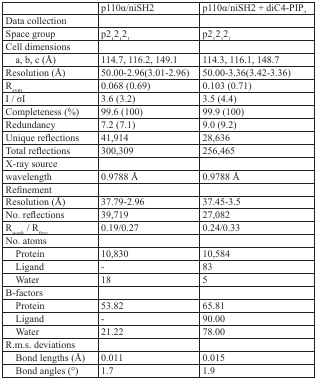
|  | p110α/niSH2 | p110α/niSH2 + diC4-PIP2 |
 | --- | --- | --- |
 | Data collection |  |  |
 | Space group | p21 21 21 | p21 21 21 |
 | Cell dimensions |  |  |
 | a, b, c (Å) | 114.7, 116.2, 149.1 | 114.3, 116.1, 148.7 |
 | Resolution (Å) | 50.00-2.96(3.01-2.96) | 50.00-3.36(3.42-3.36) |
 | Rsym | 0.068 (0.69) | 0.103 (0.71) |
 | I / σI | 3.6 (3.2) | 3.5 (4.4) |
 | Completeness (%) | 99.6 (100) | 99.9 (100) |
 | Redundancy | 7.2 (7.1) | 9.0 (9.2) |
 | Unique reflections | 41,914 | 28,636 |
 | Total reflections | 300,309 | 256,465 |
 | X-ray source |  |  |
 | wavelength | 0.9788 Å | 0.9788 Å |
 | Refinement |  |  |
 | Resolution (Å) | 37.79-2.96 | 37.45-3.5 |
 | No. reflections | 39,719 | 27,082 |
 | Rwork/Rfree | 0.19/0.27 | 0.24/0.33 |
 | No. atoms |  |  |
 | Protein | 10,830 | 10,584 |
 | Ligand | - | 83 |
 | Water | 18 | 5 |
 | B-factors |  |  |
 | Protein | 53.82 | 65.81 |
 | Ligand | - | 90.00 |
 | Water | 21.22 | 78.00 |
 | R.m.s. deviations |  |  |
 | Bond lengths (Å) | 0.011 | 0.015 |
 | Bond angles (°) | 1.7 | 1.9 |